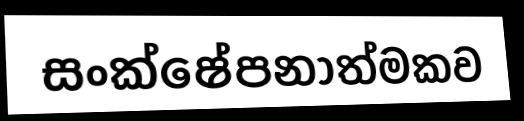
සංක්ෂේපනාත්මකව